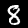
Digit: 8